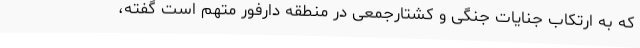
که به ارتکاب جنایات جنگی و کشتارجمعی در منطقه دارفور متهم است گفته،